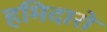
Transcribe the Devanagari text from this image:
हमिदारों